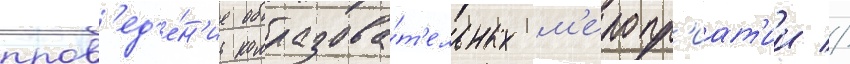
пров'ед'е́н'ие образова́т'ельных м'еропр'иат'ии //